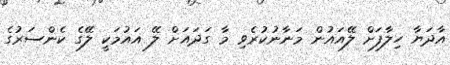
އާދަޔާ ހިލާފަށް ލޭއައުން މަނާނުކުރެވި މާ ގަދައަށް ލޭ އައުމަކީ ލޭގެ ކެންސަރުގެ